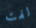
لفت